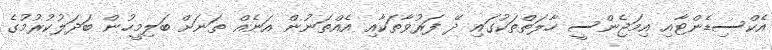
އެކްސިޑެންޓާއި އިމަޖެންސީ ހާލަތްތަކުގައި ދޭ ފަރުވާތަކާއި އެއްތަނުން އަނެއް ތަނަށް ބަލިމީހުން ބަދަލުކުރުމުގެ